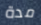
مدة